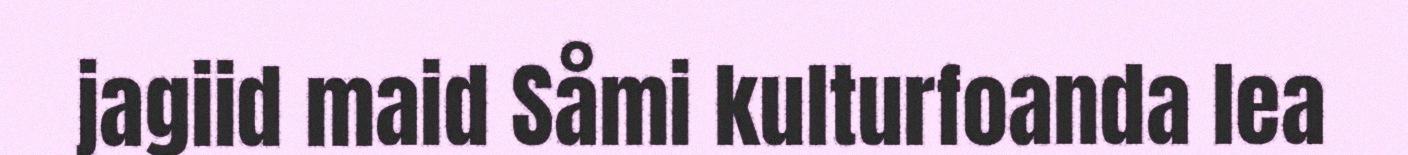
jagiid maid Såmi kulturfoanda lea